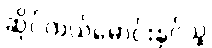
ဆိုင်ကယ်မောင်းနှင်သူ